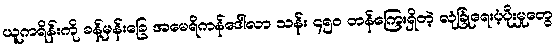
ယူကရိန်းကို ခန့်မှန်းခြေ အမေရိကန်ဒေါ်လာ သန်း ၄၅၀ တန်ကြေးရှိတဲ့ လုံခြုံရေးပံ့ပိုးမှုတွေ